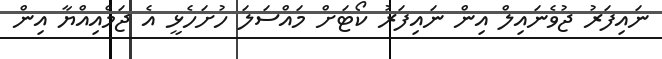
ނައިފަރު ޖުވެނައިލް އިން ނައިފަރު ކޯޓަށް މައްސަލަ ހުށަހެޅީ އެ ޖަމްއިއްޔާ އިން